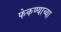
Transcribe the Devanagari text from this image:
फेकण्याच्या